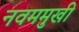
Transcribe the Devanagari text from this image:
नवममुखी